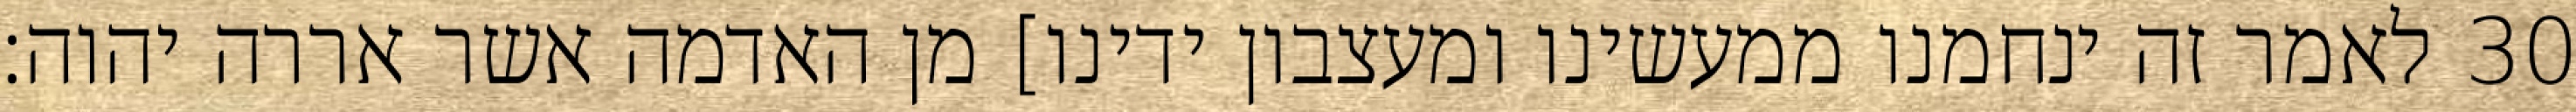
לאמר זה ינחמנו ממעשינו ומעצבון ידינו] מן האדמה אשר אררה יהוה׃ ‎30‏